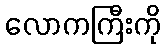
လောကကြီးကို